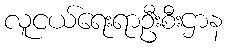
လူငယ်ရေးရာဦးစီးဌာန